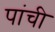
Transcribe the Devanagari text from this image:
पांची